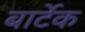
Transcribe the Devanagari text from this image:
बार्टेक